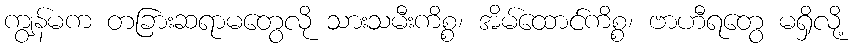
ကျွန်မက တခြားဆရာမတွေလို သားသမီးကိစ္စ၊ အိမ်ထောင်ကိစ္စ၊ ဗာဟီရတွေ မရှိလို့